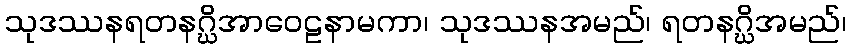
သုဒဿနရတနဂ္ဃိအာဝေဠနာမကာ၊ သုဒဿနအမည်၊ ရတနဂ္ဃိအမည်၊